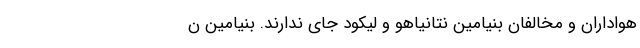
هواداران و مخالفان بنیامین نتانیاهو و لیکود جای ندارند. بنیامین ن